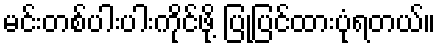
မင်းတစ်ပါးပါးကိုင်ဖို့ ပြုပြင်ထားပုံရတယ်။